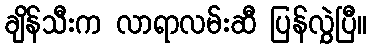
ချိန်သီးက လာရာလမ်းဆီ ပြန်လွှဲပြီ။